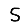
Digit: 5